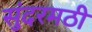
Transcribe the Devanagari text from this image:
सुंदरमठी